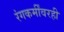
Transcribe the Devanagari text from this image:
रंगकर्मींवरही